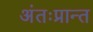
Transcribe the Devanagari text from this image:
अंतःप्रान्त